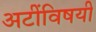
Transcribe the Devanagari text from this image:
अटींविषयी